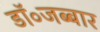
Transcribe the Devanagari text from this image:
डॉ॰जब्बार